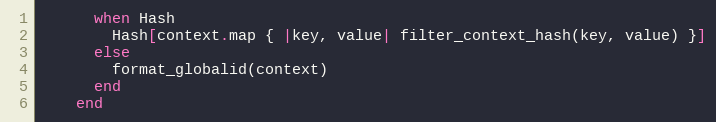
Language: Ruby
      when Hash
        Hash[context.map { |key, value| filter_context_hash(key, value) }]
      else
        format_globalid(context)
      end
    end